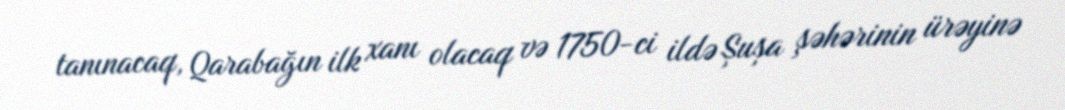
tanınacaq, Qarabağın ilk xanı olacaq və 1750-ci ildə Șușa şəhərinin ürəyinə